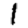
Digit: 1